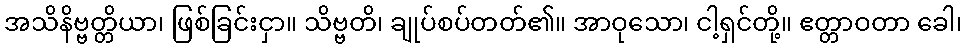
အသိနိဗ္ဗတ္တိယာ၊ ဖြစ်ခြင်းငှာ။ သိဗ္ဗတိ၊ ချုပ်စပ်တတ်၏။ အာဝုသော၊ ငါ့ရှင်တို့။ ဧတ္တာဝတာ ခေါ၊